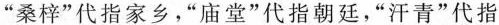
”桑梓”代指家乡，”庙堂”代指朝廷，”汗青”代指